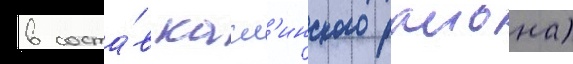
в соста́в касл'инского раиона)